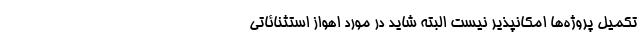
تکمیل پروژه‌ها امکانپذیر نیست البته شاید در مورد اهواز استثنائاتی